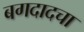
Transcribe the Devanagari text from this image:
बगदादचा